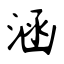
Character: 涵